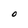
Character: O